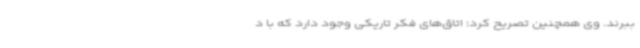
ببرند. وی همچنین تصریح کرد: اتاق‌های فکر تاریکی وجود دارد که با د